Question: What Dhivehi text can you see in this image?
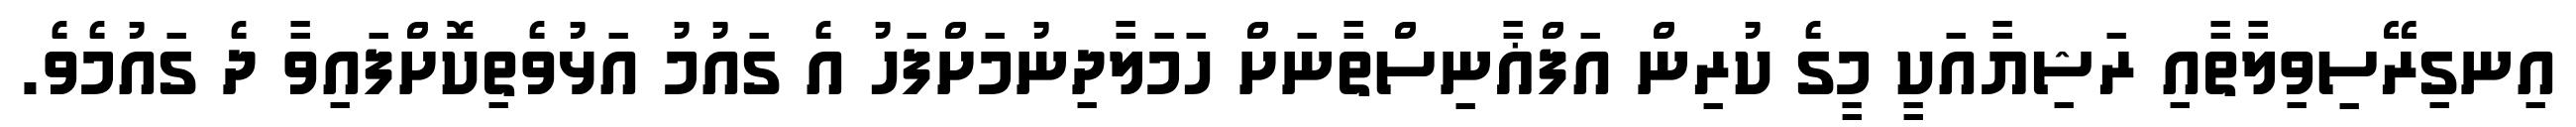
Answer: އިނގިރޭސިވިލާތާއި ރަޝިޔާއަކީ މީގެ ކުރިން އަފްޣާނިސްތާނަށް ހަމަލާދިނުމަށްފަހު އެ ގައުމު އަޅުވެތިކޮށްފައިވާ ދެ ގައުމެވެ.